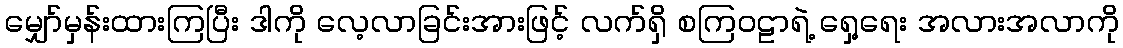
မျှော်မှန်းထားကြပြီး ဒါကို လေ့လာခြင်းအားဖြင့် လက်ရှိ စကြဝဠာရဲ့ ရှေ့ရေး အလားအလာကို